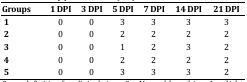
<table><thead><tr><td><b>Groups</b></td><td><b>1 DPI</b></td><td><b>3 DPI</b></td><td><b>5 DPI</b></td><td><b>7 DPI</b></td><td><b>14 DPI</b></td><td><b>21 DPI</b></td></tr></thead><tbody><tr><td> 1</td><td>0</td><td>0</td><td>3</td><td>3</td><td>3</td><td>3</td></tr><tr><td> 2</td><td>0</td><td>0</td><td>2</td><td>2</td><td>2</td><td>2</td></tr><tr><td> 3</td><td>0</td><td>0</td><td>1</td><td>2</td><td>3</td><td>2</td></tr><tr><td> 4</td><td>0</td><td>0</td><td>2</td><td>2</td><td>2</td><td>2</td></tr><tr><td> 5</td><td>0</td><td>0</td><td>3</td><td>3</td><td>3</td><td>2</td></tr></tbody></table>